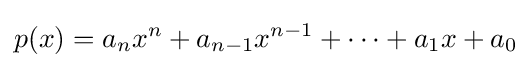
p(x)=a_{n}x^{n}+a_{n-1}x^{n-1}+\cdots +a_{1}x+a_{0}